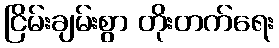
ငြိမ်းချမ်းစွာ တိုးတက်ရေး